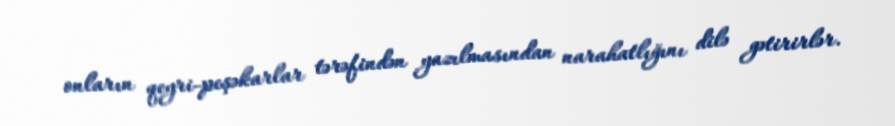
onların qeyri-peşəkarlar tərəfindən yazılmasından narahatlığını dilə gətirirlər.